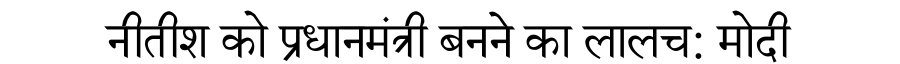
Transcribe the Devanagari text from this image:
नीतीश को प्रधानमंत्री बनने का लालच: मोदी